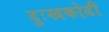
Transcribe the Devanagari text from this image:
दुःखकोडी